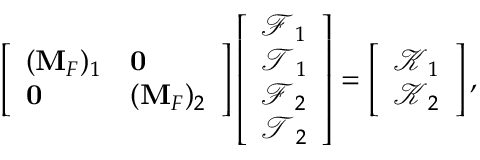
\left[ \begin{array} { l l } { ( \mathbf { M } _ { F } ) _ { 1 } } & { \mathbf { 0 } } \\ { \mathbf { 0 } } & { ( \mathbf { M } _ { F } ) _ { 2 } } \end{array} \right] \left[ \begin{array} { l } { \boldsymbol { \mathcal { F } } _ { 1 } } \\ { \boldsymbol { \mathcal { T } } _ { 1 } } \\ { \boldsymbol { \mathcal { F } } _ { 2 } } \\ { \boldsymbol { \mathcal { T } } _ { 2 } } \end{array} \right] = \left[ \begin{array} { l } { \boldsymbol { \mathcal { K } } _ { 1 } } \\ { \boldsymbol { \mathcal { K } } _ { 2 } } \end{array} \right] ,